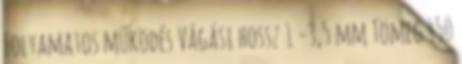
Folyamatos működés Vágási hossz 1 -3,5 mm Tömeg 450